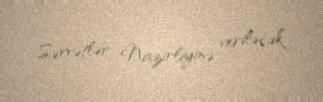
Sərvətlər Nazirliyinə veriləcək”.